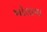
ખોલાવા